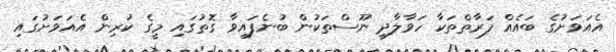
އެއަވަށުގެ ބައެއް ފަރާތްތަކާ ހަވާލާދީ ނޫސްތަކުން ބުނެފައިވާ ގޮތުގައި މީގެ ކުރިން އެއަވަށުގައި